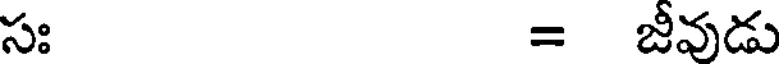
సః = జీవుడు